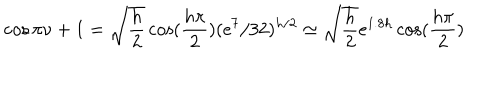
\cos \pi \nu + 1 = \sqrt { \frac { h } { 2 } } \cos ( \frac { h \pi } { 2 } ) ( e ^ { 7 } / 3 2 ) ^ { h / 2 } \simeq \sqrt { \frac { h } { 2 } } e ^ { 1 . 8 h } \cos ( \frac { h \pi } { 2 } )